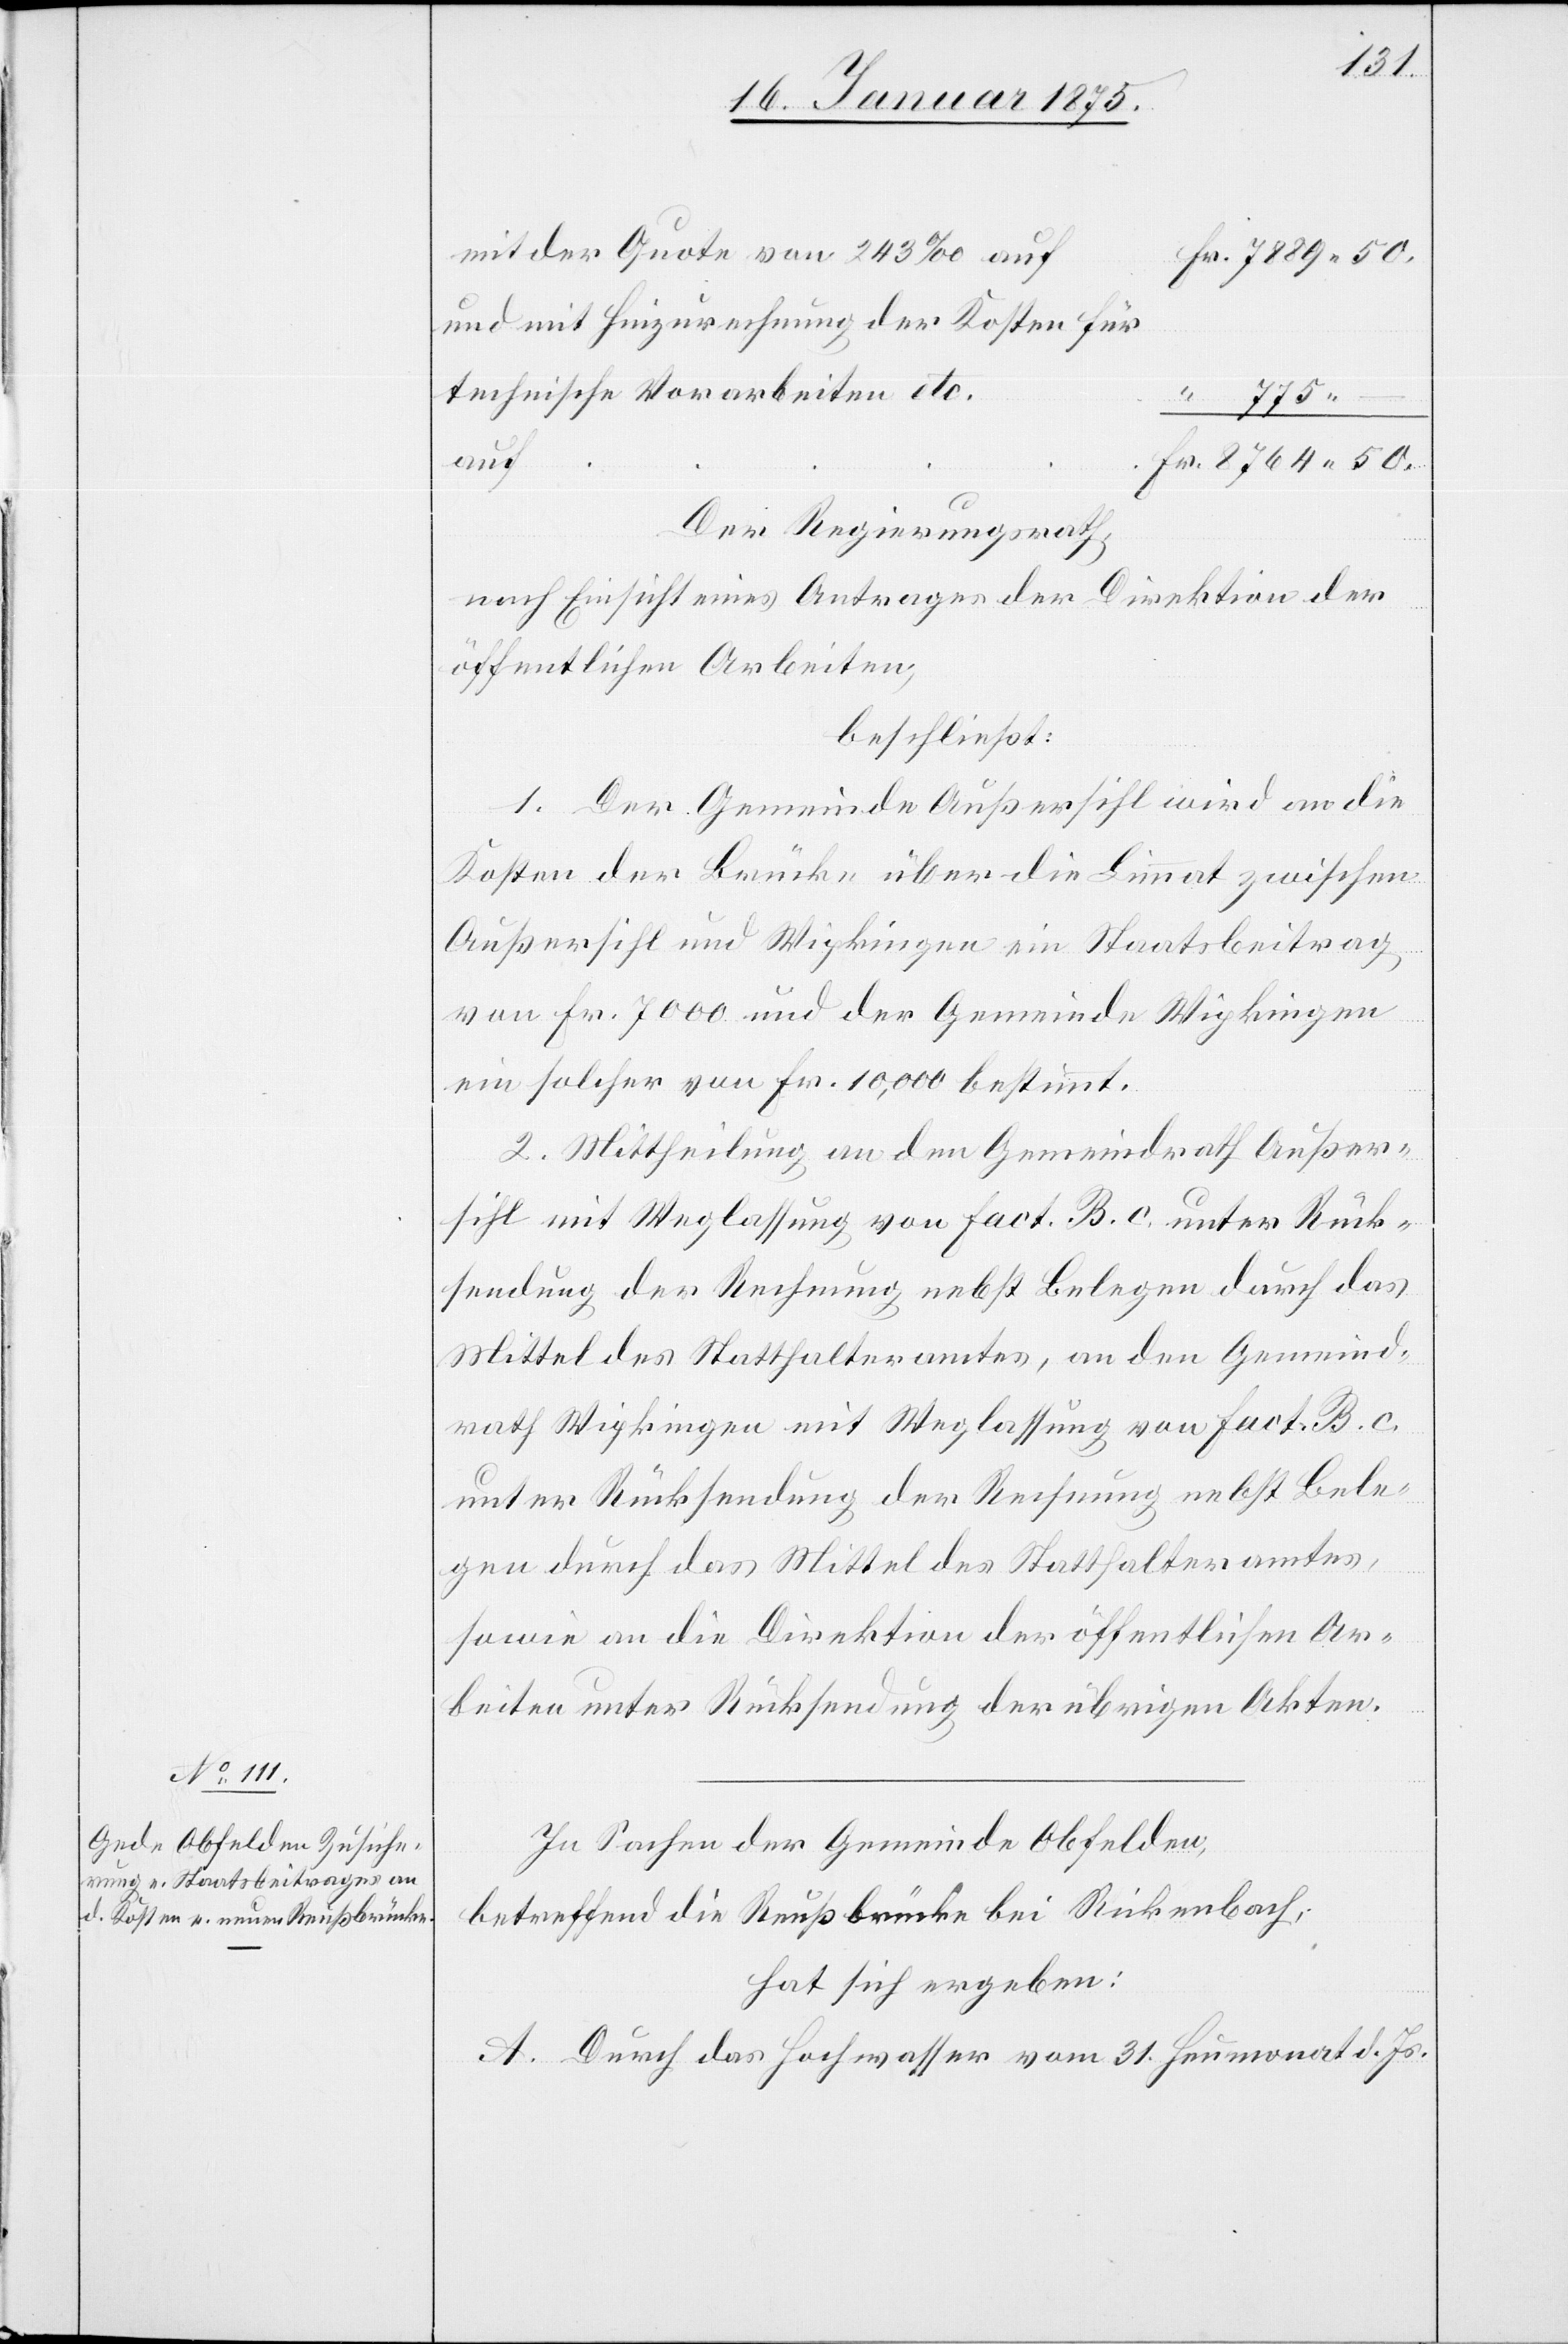
50.
mit der Quote von 243‰ auf
und mit Hinzurechnung der Kosten für
technische Vorarbeiten etc.
775.
auf
Der Regierungsrath,
nach Einsicht eines Antrages der Direktion der
öffentlichen Arbeiten,
beschließt:
1. Der Gemeinde Außersihl wird an die
Kosten der Brücke über die Limmat zwischen
Außersihl und Wipkingen ein Staatsbeitrag
von Fr. 7000 und der Gemeinde Wipkingen
ein solcher von Fr. 10,000 bestimmt.
2. Mittheilung an den Gemeindrath Außer¬
sihl mit Weglassung von Fact. B. c. unter Rück¬
sendung der Rechnung nebst Belegen durch das
Mittel des Statthalteramtes, an den Gemeind¬
rath Wipkingen mit Weglassung von Fact. B. c.
unter Rücksendung der Rechnung nebst Bele¬
gen durch das Mittel des Statthalteramtes,
sowie an die Direktion der öffentlichen Ar¬
beiten unter Rücksendung der übrigen Akten.
In Sachen der Gemeinde Obfelden,
betreffend die Reußbrücke bei Rickenbach;
hat sich ergeben:
A. Durch das Hochwasser vom 31. Heumonat d. Js.